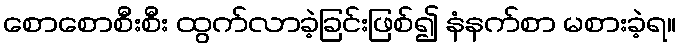
စောစောစီးစီး ထွက်လာခဲ့ခြင်းဖြစ်၍ နံနက်စာ မစားခဲ့ရ။